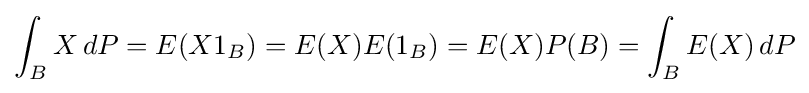
\int _{B}X\,dP=E(X1_{B})=E(X)E(1_{B})=E(X)P(B)=\int _{B}E(X)\,dP